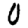
Digit: 0